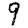
Digit: 9